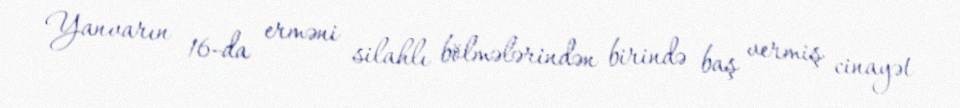
Yanvarın 16-da erməni silahlı bölmələrindən birində baş vermiş cinayət